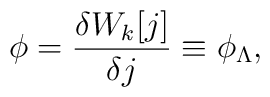
\phi=\frac{\delta W_k[j]}{\delta j} \equiv \phi_\Lambda,